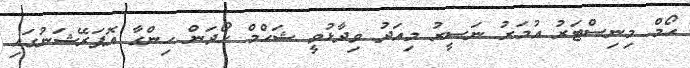
ހޯމް މިނިސްޓަރު އުމަރު ނަސީރު މިއަދު ވިދާޅުވީ ޝަހްމް ހޯދަން ހިންގާ އޮޕަރޭޝަނުގައި